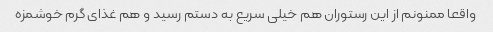
واقعا ممنونم از این رستوران هم خیلی سریع به دستم رسید و هم غذای گرم خوشمزه